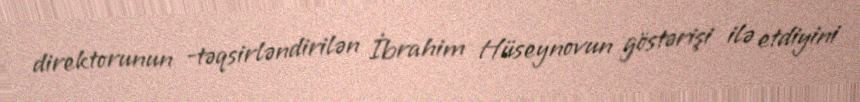
direktorunun -təqsirləndirilən İbrahim Hüseynovun göstərişi ilə etdiyini